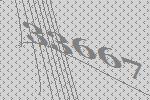
33667